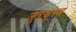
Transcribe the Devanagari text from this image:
जुरथुस्त